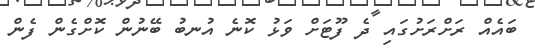
ބައެއް ރަށްރަށުގައި ދެ ފޫޓަށް ވަޅު ކޮނެ އުނބު ބޭނުން ކޮށްގެން ފެން